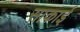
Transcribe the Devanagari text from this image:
साकाई